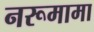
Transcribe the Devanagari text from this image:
नरूमामा